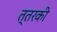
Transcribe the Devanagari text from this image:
त्तरकी